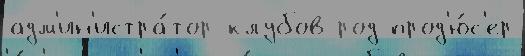
адм'ин'истра́тор клубов род прод'ю́с'ер